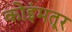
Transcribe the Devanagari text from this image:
कोइंमतूर